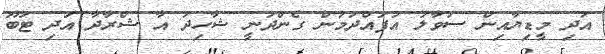
އަދި މީޑިޔާއިން ސުވާލު އުފައްދަމުން ގެންދަނީ ޝާހިދު އާ ޝްރާދާ އަދި ޓަބޫ